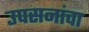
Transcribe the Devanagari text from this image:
उपसनांचा